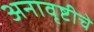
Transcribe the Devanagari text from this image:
अनावृष्टीचे